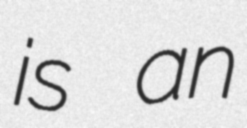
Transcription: is an